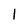
Character: 1